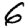
Digit: 6